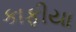
કાફીયા